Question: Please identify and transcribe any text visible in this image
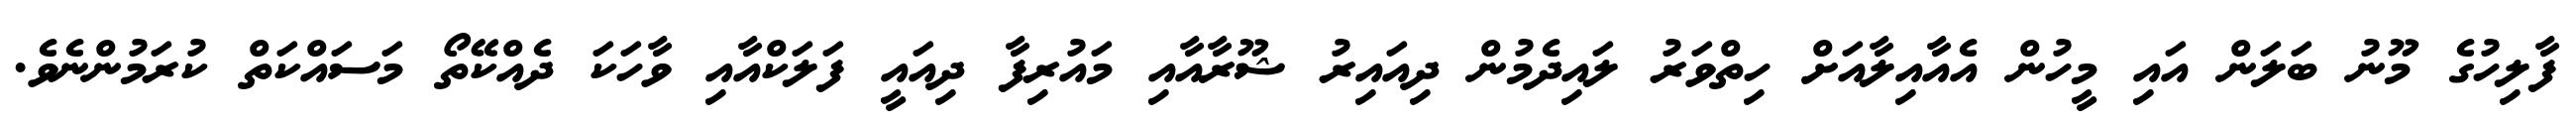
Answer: ފާލިހުގެ މޫނު ބަލަން އައި މީހުން އެއާއިލާއަށް ހިތްވަރު ލައިދެމުން ދިއައިރު ޝޫރާއާއި މައުރިފާ ދިއައީ ފަލަކްއާއި ވާހަކަ ދެއްކޭތޯ މަސައްކަތް ކުރަމުންނެވެ.